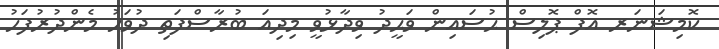
ކޮމިޝަނަރ އޮފް ޕޮލިސް ޙުސައިން ވަޙީދު ވިދާޅުވީ މިދިއަ ބުރާސްފަތި ދުވަހު މެންދުރުފަހު